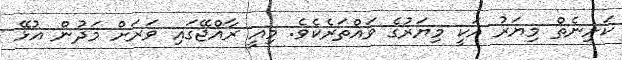
ކަށިނެތް މިޔަރު އަކީ މިޔަރުގެ ވައްތަރެކެވެ. މިއީ ރާއްޖޭގައި ވަރަށް މަދުން އުޅޭ